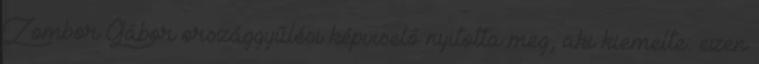
Zombor Gábor országgyűlési képviselő nyitotta meg, aki kiemelte: ezen